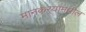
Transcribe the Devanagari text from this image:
मानकर्‍यांमधील